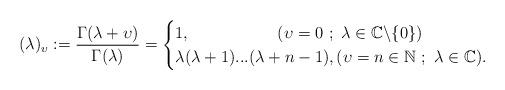
LaTeX: \begin{align*}(\lambda)_{\upsilon}:=\frac{\Gamma(\lambda+\upsilon)}{\Gamma(\lambda)}=\begin{cases} 1 , \quad~~~~~~~~~~~~~ (\upsilon=0~;~\lambda\in\mathbb{C}\backslash\{0\}) \\ \lambda(\lambda+1)...(\lambda+n-1), (\upsilon=n\in\mathbb{N}~;~\lambda\in\mathbb{C}). \\ \end{cases} \end{align*}